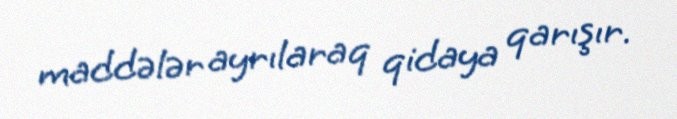
maddələr ayrılaraq qidaya qarışır.